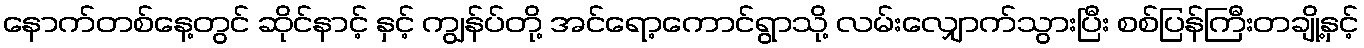
နောက်တစ်နေ့တွင် ဆိုင်နာင့် နှင့် ကျွန်ပ်တို့ အင်ရော့ကောင်ရွာသို့ လမ်းလျှောက်သွားပြီး စစ်ပြန်ကြီးတချို့နှင့်